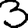
Digit: 3